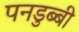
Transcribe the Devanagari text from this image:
पनडुब्‍बी